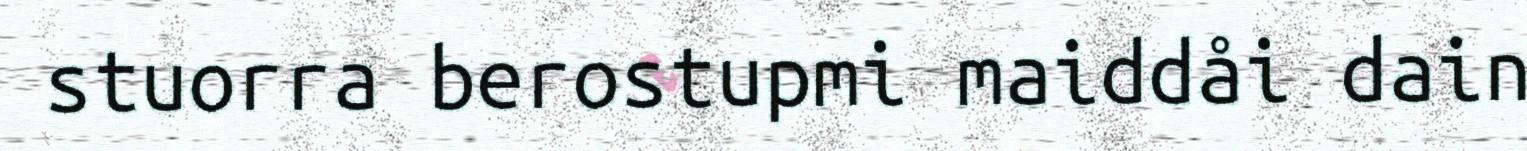
stuorra berostupmi maiddåi dain